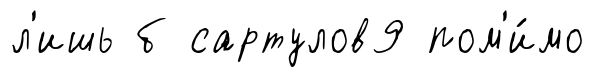
л'ишь б сартулов9 пом'и́мо